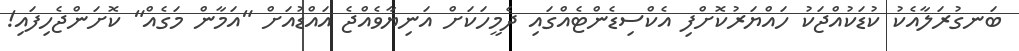
ބަނގުރަލާއެކު ކުޑަކުއްޖަކު ހައްޔަރުކޮށްފި އެކްސިޑެންޓެއްގައި ދެމީހަކަށް އަނިޔާވެއްޖެ އައްޑުއަށް "އަމާން މަގެއް" ކޮށަންޖެހިފައި!